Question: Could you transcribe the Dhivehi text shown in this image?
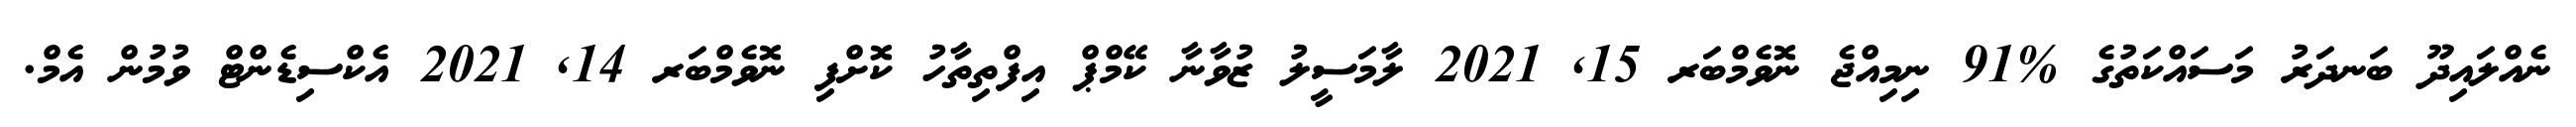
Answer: ނެއްލައިދޫ ބަނދަރު މަސައްކަތުގެ %91 ނިމިއްޖެ ނޮވެމްބަރ 15, 2021 ލާމަސީލު ޒުވާނާ ކޭމްޕް އިފްތިތާހު ކޮށްފި ނޮވެމްބަރ 14, 2021 އެކްސިޑެންޓް ވުމުން އެމް.